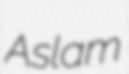
Aslam